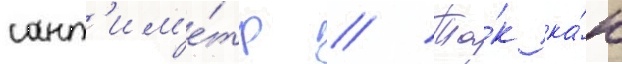
сант'им'е́тр // Та́к ка́к